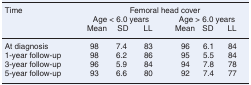
<table><thead><tr><td rowspan="3"><b>Time</b></td><td colspan="6"><b>Femoral head cover</b></td></tr><tr><td colspan="3"><b>Age &lt; 6.0 years</b></td><td colspan="3"><b>Age &gt; 6.0 years</b></td></tr><tr><td><b>Mean</b></td><td><b>SD</b></td><td><b>LL</b></td><td><b>Mean</b></td><td><b>SD</b></td><td><b>LL</b></td></tr></thead><tbody><tr><td>At diagnosis</td><td>98</td><td>7.4</td><td>83</td><td>96</td><td>6.1</td><td>84</td></tr><tr><td>1-year follow-up</td><td>98</td><td>6.2</td><td>86</td><td>95</td><td>5.5</td><td>84</td></tr><tr><td>3-year follow-up</td><td>96</td><td>5.9</td><td>84</td><td>94</td><td>7.8</td><td>78</td></tr><tr><td>5-year follow-up</td><td>93</td><td>6.6</td><td>80</td><td>92</td><td>7.4</td><td>77</td></tr></tbody></table>